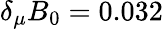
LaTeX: \delta_{\mu}B_{0}=0.032